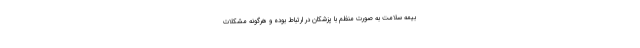
بیمه سلامت به صورت منظم با پزشکان در ارتباط بوده و هرگونه مشکلات